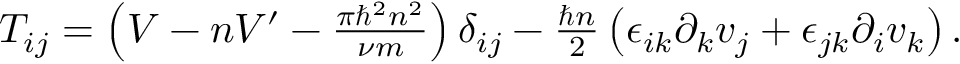
\begin{array} { r } { T _ { i j } = \left( V - n V ^ { \prime } - \frac { \pi \hbar ^ { 2 } n ^ { 2 } } { \nu m } \right) \delta _ { i j } - \frac { \hbar n } { 2 } \left( \epsilon _ { i k } \partial _ { k } v _ { j } + \epsilon _ { j k } \partial _ { i } v _ { k } \right) . } \end{array}